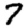
Digit: 7